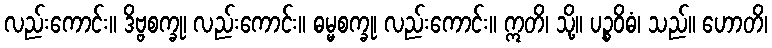
လည်းကောင်း။ ဒိဗ္ဗစက္ခု၊ လည်းကောင်း။ ဓမ္မစက္ခု၊ လည်းကောင်း။ ဣတိ၊ သို့။ ပဉ္စဝိဓံ၊ သည်။ ဟောတိ၊